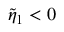
\tilde { \eta } _ { 1 } < 0